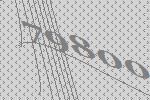
79800